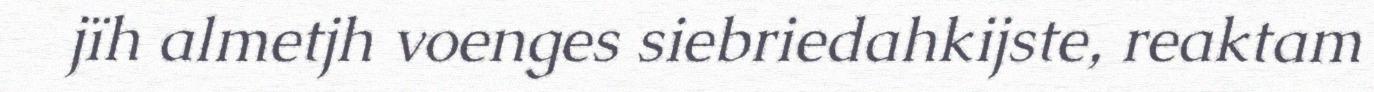
jïh almetjh voenges siebriedahkijste, reaktam